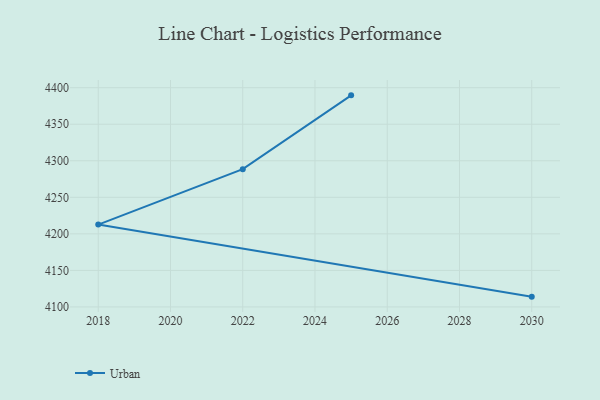
{"axis": {"x": "Year", "y": "Temperature (°C)"}, "legend": ["Urban"], "data": [{"x": "2025", "y": 4389.5, "type": "Urban"}, {"x": "2022", "y": 4288.5, "type": "Urban"}, {"x": "2018", "y": 4212.7, "type": "Urban"}, {"x": "2030", "y": 4114.1, "type": "Urban"}]}